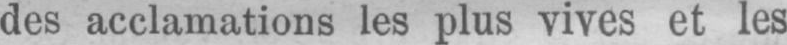
des acclamations les plus vives et les